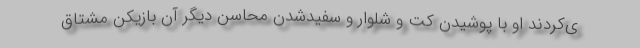
ی‌کردند او با پوشیدن کت و شلوار و سفیدشدن محاسن دیگر آن بازیکن مشتاق